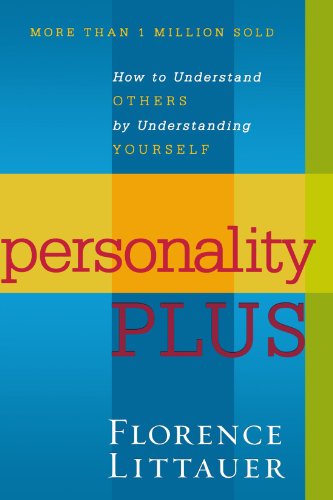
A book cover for Personality Plus: How to Understand Others by Understanding Yourself; Florence Littauer; Self-Help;